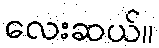
လေးဆယ်။